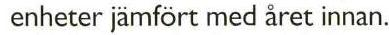
 enheter jämfört med året innan.